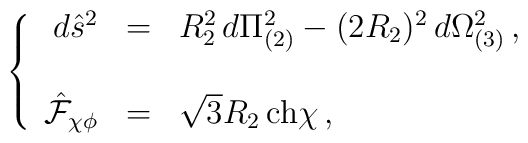
\left\{  \begin{array}{rcl}d\hat{s}^{2} & = &  R_{2}^{2}\, d\Pi_{(2)}^{2}-(2R_{2})^{2}\, d\Omega_{(3)}^{2}\, , \\& & \\\hat{\mathcal{F}}_{\chi\phi} & = & \sqrt{3}R_{2}\, {\rm ch}\chi\, ,\\  \end{array}\right.